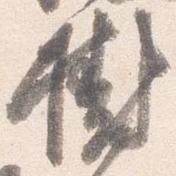
樹